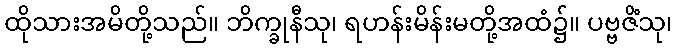
ထိုသားအမိတို့သည်။ ဘိက္ခုနီသု၊ ရဟန်းမိန်းမတို့အထံ၌။ ပဗ္ဗဇိံသု၊